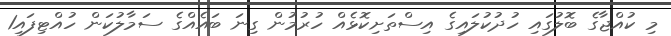
މި ކުއްޖާގެ ބޮލުގައި ހުދުކުލައިގެ އިސްތަށިކޮޅެއް ހުރުމުން ގިނަ ބައެއްގެ ސަމާލުކަން ހުއްޓިފައި1